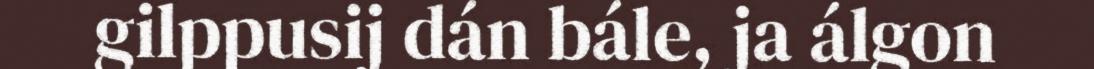
gilppusij dán bále, ja álgon